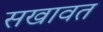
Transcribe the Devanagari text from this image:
सखावत